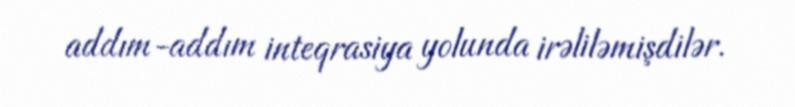
addım-addım inteqrasiya yolunda irəliləmişdilər.